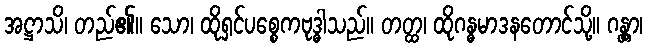
အဋ္ဌာသိ၊ တည်၏။ သော၊ ထိုရှင်ပစ္စေကဗုဒ္ဓါသည်။ တတ္ထ၊ ထိုဂန္ဓမာဒနတောင်သို့။ ဂန္တွာ၊